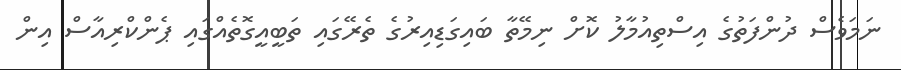
ނަމަވެސް ދުންފަތުގެ އިސްތިއުމާލު ކޮށް ނިމޭތާ ބައިގަޑިއިރުގެ ތެރޭގައި ތަބީއީގޮތެއްގައި ޕެންކްރިއާސް އިން